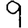
Digit: 9